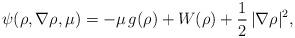
LaTeX: \begin{align*}\psi(\rho,\nabla\rho,\mu)=-\mu\,g(\rho)+W(\rho)+\frac 1 2\,|\nabla\rho|^2,\end{align*}